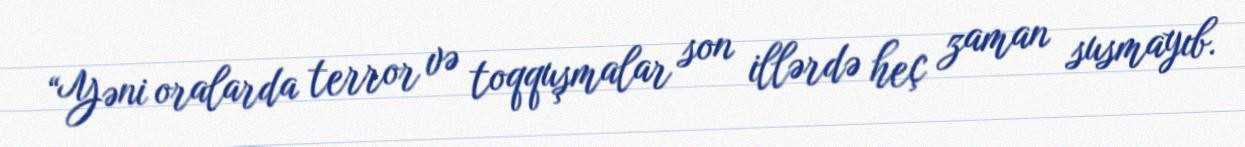
“Yəni oralarda terror və toqquşmalar son illərdə heç zaman susmayıb.